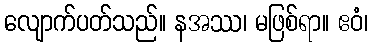
လျောက်ပတ်သည်။ နအဿ၊ မဖြစ်ရာ။ ဧဝံ၊